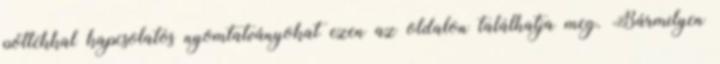
pótlékkal kapcsolatos nyomtatványokat ezen az oldalon találhatja meg. Bármilyen